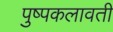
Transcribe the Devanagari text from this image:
पुष्पकलावती